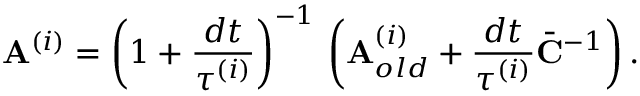
\mathbf { A } ^ { ( i ) } = \left( 1 + \frac { d t } { \tau ^ { ( i ) } } \right) ^ { - 1 } \, \left( \mathbf { A } _ { o l d } ^ { ( i ) } + \frac { d t } { \tau ^ { ( i ) } } \bar { \mathbf { C } } ^ { - 1 } \right) .